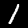
Digit: 1